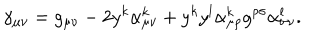
LaTeX: \gamma _ { \mu \nu } = g _ { \mu \nu } - 2 y ^ { k } \alpha _ { \mu \nu } ^ { k } + y ^ { k } y ^ { l } \alpha _ { \mu \rho } ^ { k } g ^ { \rho \sigma } \alpha _ { \sigma \nu } ^ { l } .